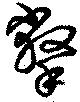
撆